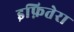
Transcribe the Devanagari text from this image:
इफ़ितेरा